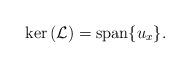
\begin{align*}{\rm ker}\left(\mathcal{L}\right)={\rm span}\{u_x\}.\end{align*}